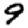
Digit: 9